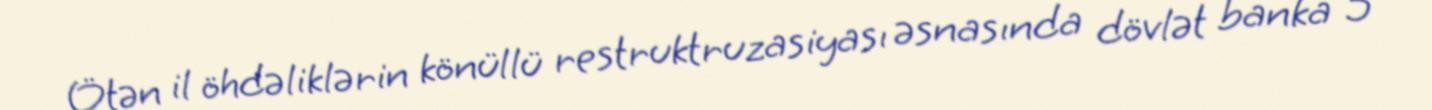
Ötən il öhdəliklərin könüllü restruktruzasiyası əsnasında dövlət banka 5